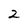
Character: 2